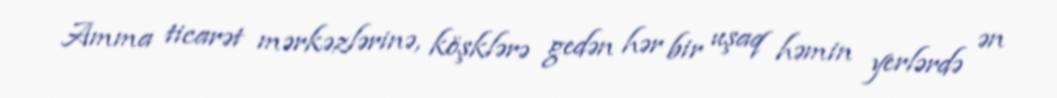
Amma ticarət mərkəzlərinə, köşklərə gedən hər bir uşaq həmin yerlərdə ən